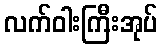
လက်ဝါးကြီးအုပ်